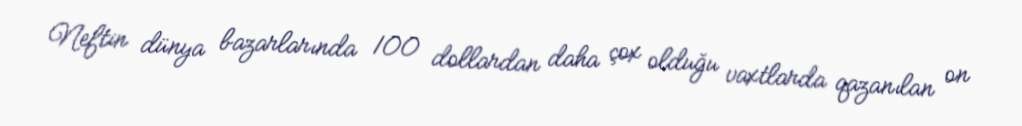
Neftin dünya bazarlarında 100 dollardan daha çox olduğu vaxtlarda qazanılan on